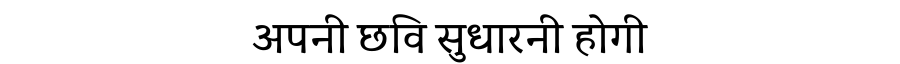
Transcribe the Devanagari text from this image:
अपनी छवि सुधारनी होगी